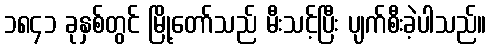
၁၈၄၁ ခုနှစ်တွင် မြို့တော်သည် မီးသင့်ပြီး ပျက်စီးခဲ့ပါသည်။